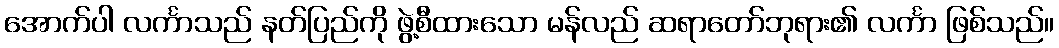
အောက်ပါ လင်္ကာသည် နတ်ပြည်ကို ဖွဲ့စီထားသော မန်လည် ဆရာတော်ဘုရား၏ လင်္ကာ ဖြစ်သည်။